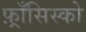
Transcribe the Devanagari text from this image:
फ़्राँसिस्को